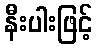
နီးပါးဖြင့်